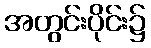
အတွင်းပိုင်း၌